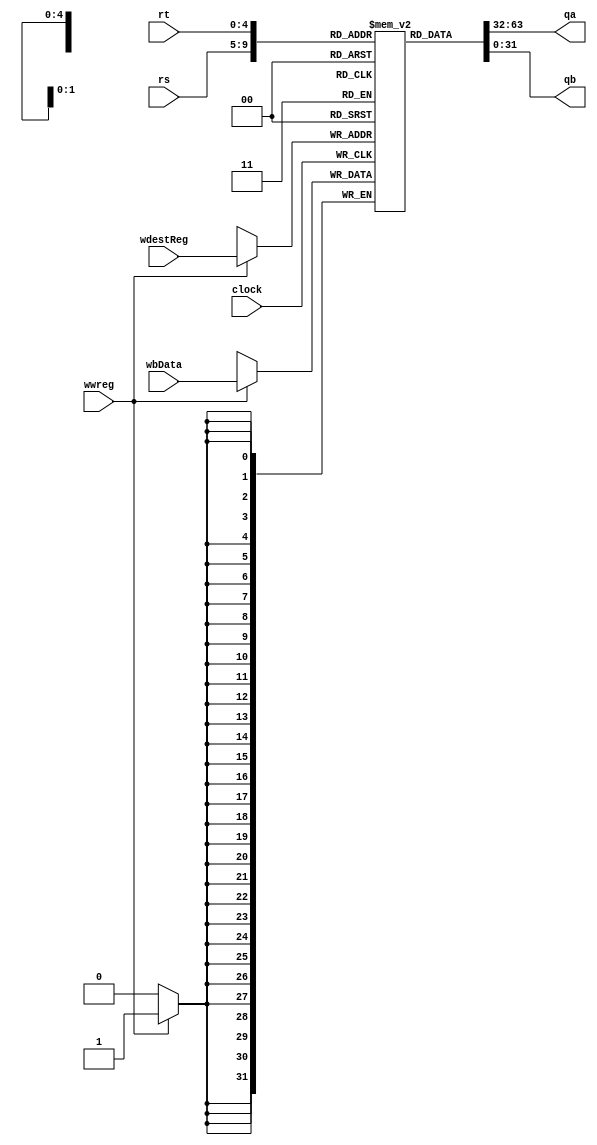
`timescale 1ns / 1ps
//////////////////////////////////////////////////////////////////////////////////
// Company: 
// Engineer: 
// 
// Design Name: 
// Module Name: RegisterFile
// Project Name: 
// Target Devices: 
// Tool Versions: 
// Description: 
// 
// Dependencies: 
// 
// Revision:
// Revision 0.01 - File Created
// Additional Comments:
// 
//////////////////////////////////////////////////////////////////////////////////


module RegisterFile(
    input [4:0] rs,
    input [4:0] rt,
    input [4:0] wdestReg,
    input [31:0] wbData,
    input wwreg,
    input clock,
    output reg [31:0] qa,
    output reg [31:0] qb
    );
    reg [31:0] registers [31:0];
    integer i;
    initial begin
        for(i = 0; i <= 31; i= i + 1)
            begin
                registers[i] = 0;
            end
    end
    always @(negedge clock) begin
        if (wwreg == 1)
        begin
            registers[wdestReg] = wbData;
        end
    end
    
    always @(*) begin
        qa <= registers[rs];
        qb <= registers[rt];
    end
endmodule